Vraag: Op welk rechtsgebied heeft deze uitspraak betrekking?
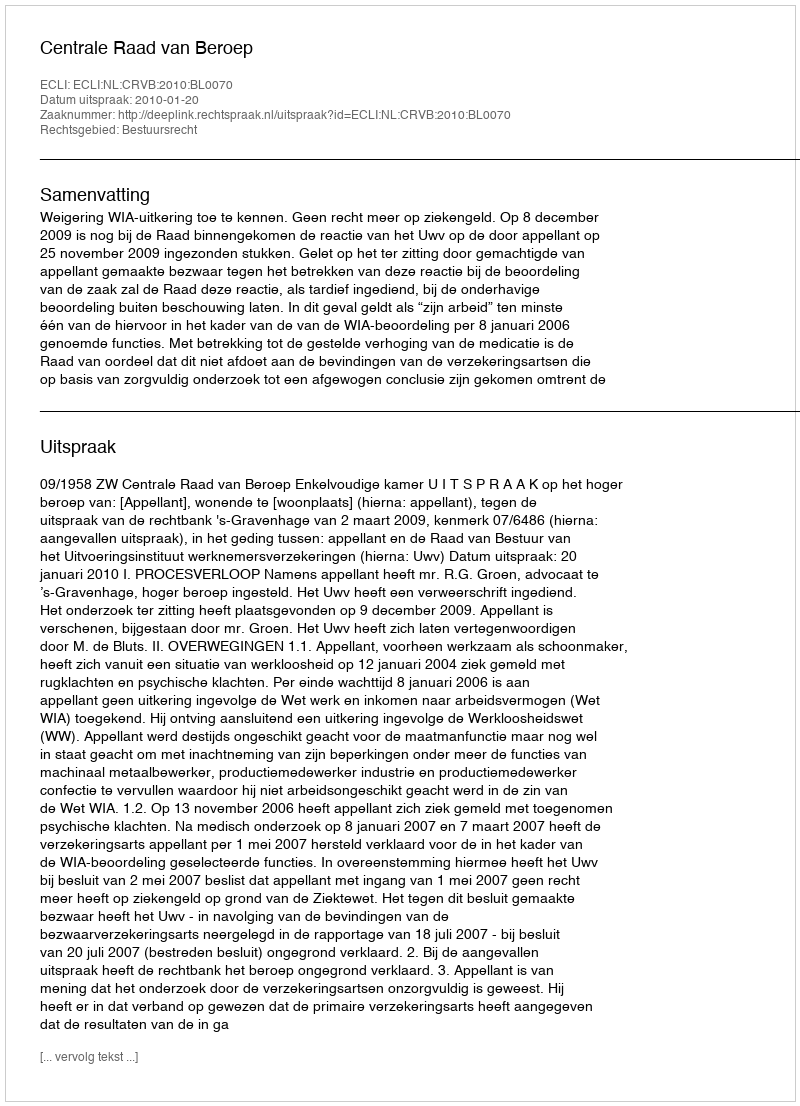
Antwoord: Bestuursrecht